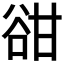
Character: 𧮳